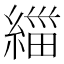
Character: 𱹼